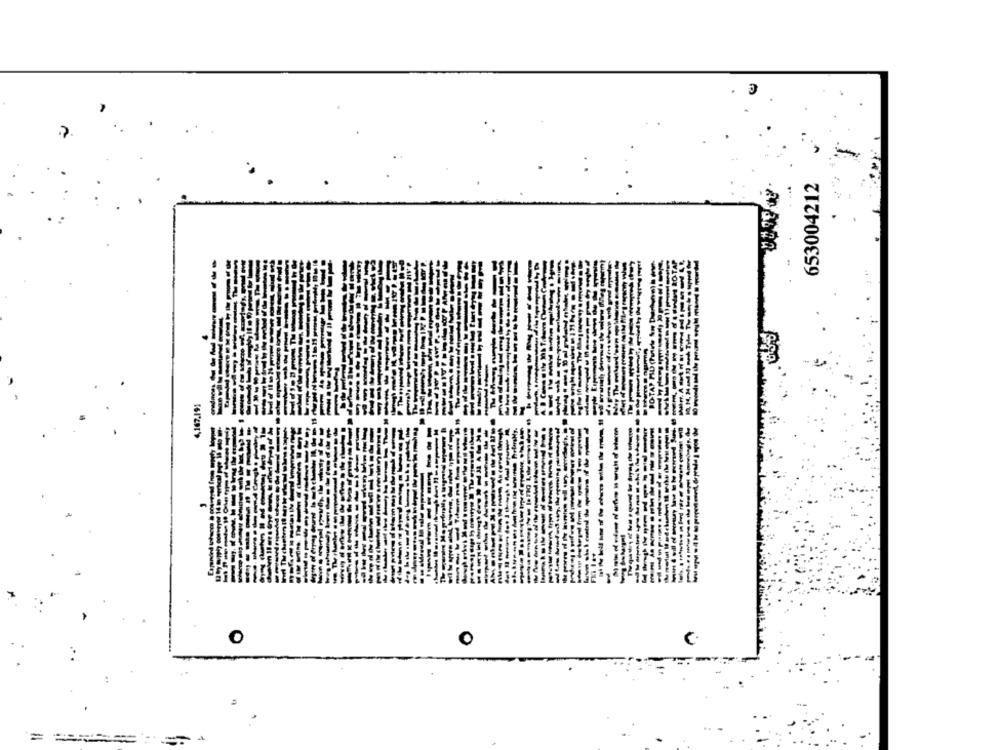
653004212
--
O
。
=